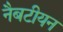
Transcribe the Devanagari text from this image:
नैबटीयन